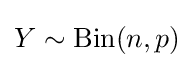
Y\sim \operatorname {Bin} (n,p)